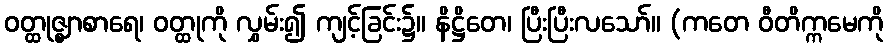
ဝတ္ထုဇ္ဈာစာရေ၊ ဝတ္ထုကို လွှမ်း၍ ကျင့်ခြင်း၌။ နိဋ္ဌိတေ၊ ပြီးပြီးလသော်။ (ကတေ ဝီတိက္ကမေကို